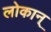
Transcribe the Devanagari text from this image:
लोकान्